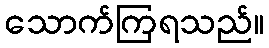
သောက်ကြရသည်။